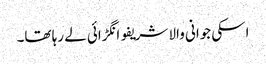
اسکی جوانی والا شریفو انگڑائی لے رہا تھا۔